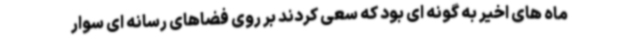
ماه های اخیر به گونه ای بود که سعی کردند بر روی فضاهای رسانه ای سوار